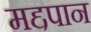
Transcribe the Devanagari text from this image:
मद्दपान